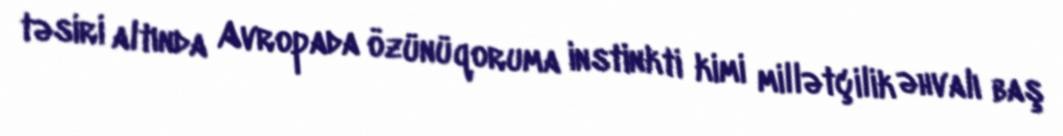
təsiri altında Avropada özünüqoruma instinkti kimi millətçilik əhvalı baş